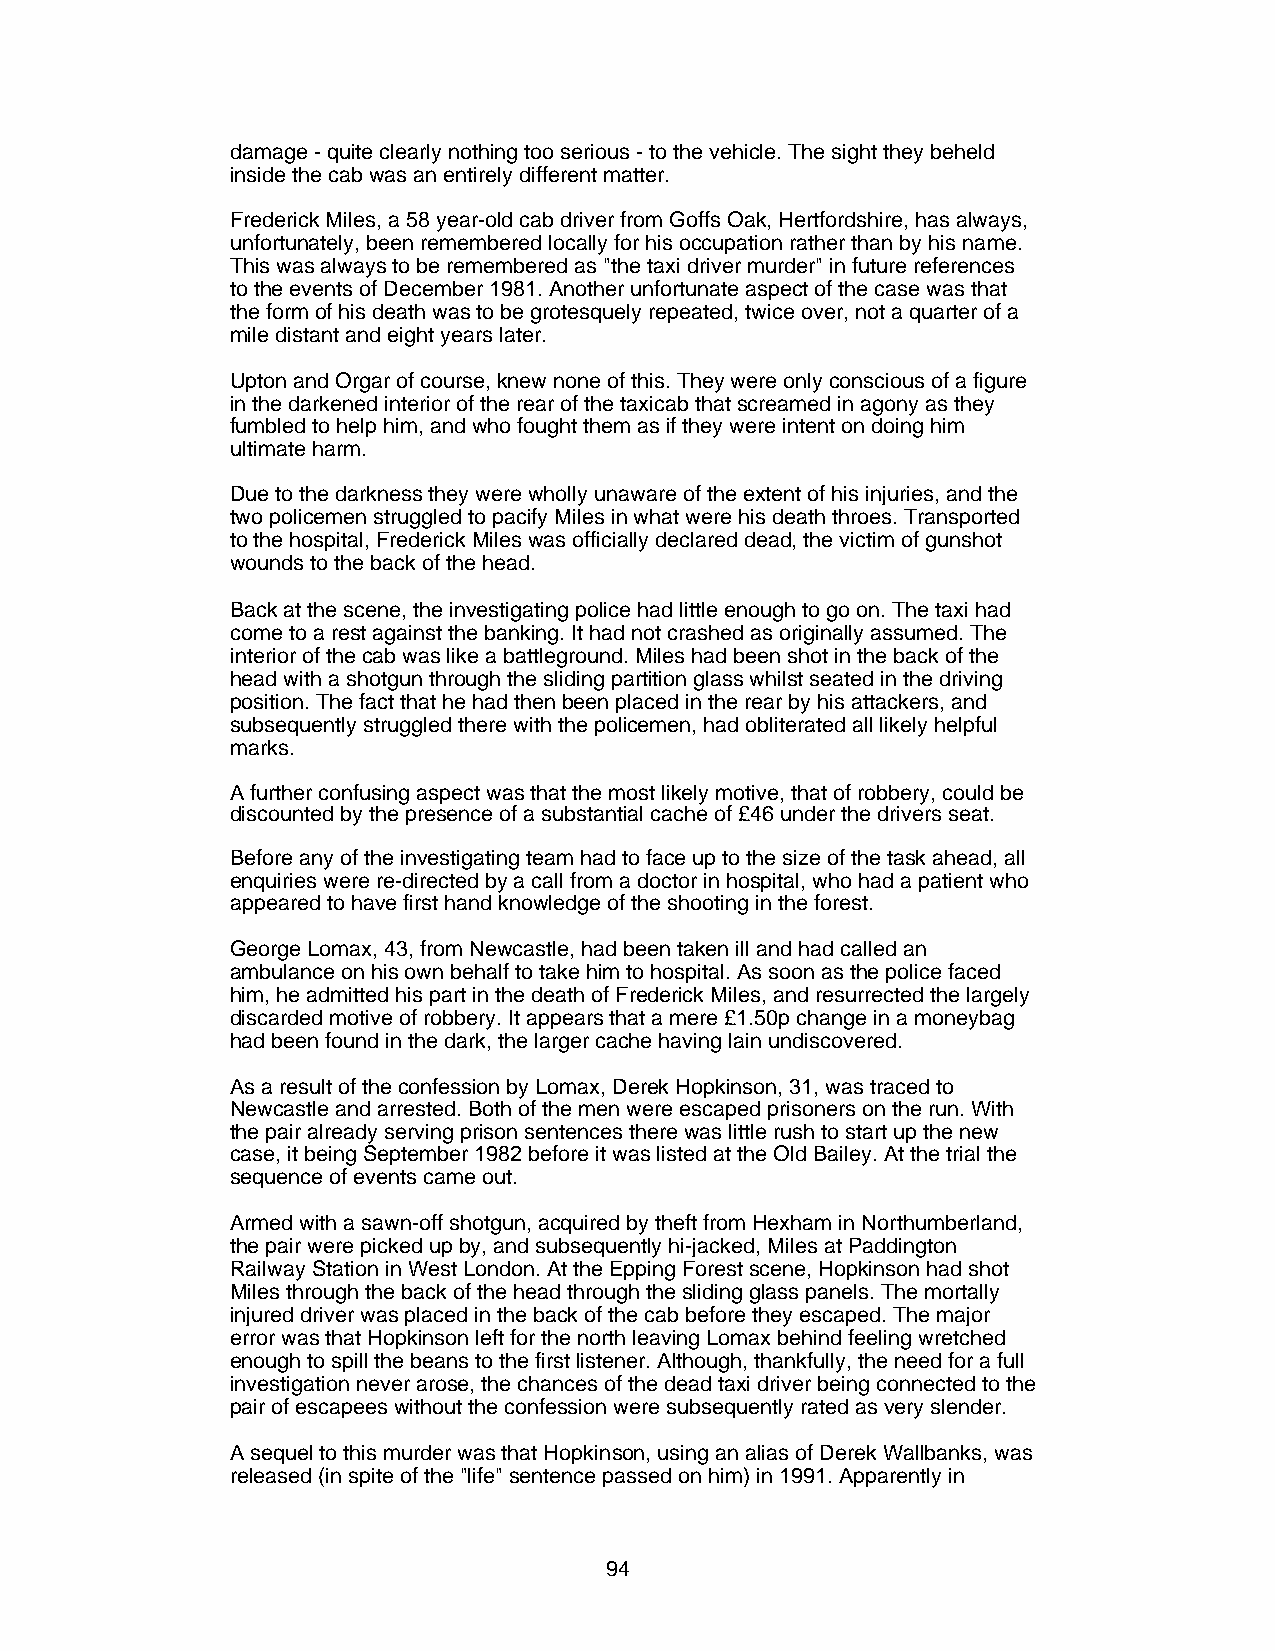
damage - quite clearly nothing too serious - to the vehicle. The sight they beheld
 inside the cab was an entirely different matter.
 Frederick Miles, a 58 year-old cab driver from Goffs Oak, Hertfordshire, has always,
 unfortunately, been remembered locally for his occupation rather than by his name.
 This was always to be remembered as "the taxi driver murder" in future references
 to the events of December 1981. Another unfortunate aspect of the case was that
 the form of his death was to be grotesquely repeated, twice over, not a quarter of a
 mile distant and eight years later.
 Upton and Orgar of course, knew none of this. They were only conscious of a figure
 in the darkened interior of the rear of the taxicab that screamed in agony as they
 fumbled to help him, and who fought them as if they were intent on doing him
 ultimate harm.
 Due to the darkness they were wholly unaware of the extent of his injuries, and the
 two policemen struggled to pacify Miles in what were his death throes. Transported
 to the hospital, Frederick Miles was officially declared dead, the victim of gunshot
 wounds to the back of the head.
 Back at the scene, the investigating police had little enough to go on. The taxi had
 come to a rest against the banking. It had not crashed as originally assumed. The
 interior of the cab was like a battleground. Miles had been shot in the back of the
 head with a shotgun through the sliding partition glass whilst seated in the driving
 position. The fact that he had then been placed in the rear by his attackers, and
 subsequently struggled there with the policemen, had obliterated all likely helpful
 marks.
 A further confusing aspect was that the most likely motive, that of robbery, could be
 discounted by the presence of a substantial cache of £46 under the drivers seat.
 Before any of the investigating team had to face up to the size of the task ahead, all
 enquiries were re-directed by a call from a doctor in hospital, who had a patient who
 appeared to have first hand knowledge of the shooting in the forest.
 George Lomax, 43, from Newcastle, had been taken ill and had called an
 ambulance on his own behalf to take him to hospital. As soon as the police faced
 him, he admitted his part in the death of Frederick Miles, and resurrected the largely
 discarded motive of robbery. It appears that a mere £1.50p change in a moneybag
 had been found in the dark, the larger cache having lain undiscovered.
 As a result of the confession by Lomax, Derek Hopkinson, 31, was traced to
 Newcastle and arrested. Both of the men were escaped prisoners on the run. With
 the pair already serving prison sentences there was little rush to start up the new
 case, it being September 1982 before it was listed at the Old Bailey. At the trial the
 sequence of events came out.
 Armed with a sawn-off shotgun, acquired by theft from Hexham in Northumberland,
 the pair were picked up by, and subsequently hi-jacked, Miles at Paddington
 Railway Station in West London. At the Epping Forest scene, Hopkinson had shot
 Miles through the back of the head through the sliding glass panels. The mortally
 injured driver was placed in the back of the cab before they escaped. The major
 error was that Hopkinson left for the north leaving Lomax behind feeling wretched
 enough to spill the beans to the first listener. Although, thankfully, the need for a full
 investigation never arose, the chances of the dead taxi driver being connected to the
 pair of escapees without the confession were subsequently rated as very slender.
 A sequel to this murder was that Hopkinson, using an alias of Derek Wallbanks, was
 released (in spite of the "life" sentence passed on him) in 1991. Apparently in
 94